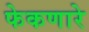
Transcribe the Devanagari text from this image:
फेकणारे